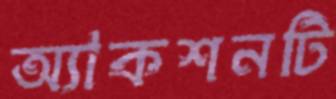
অ্যাকশনটি